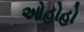
ઓહોહો